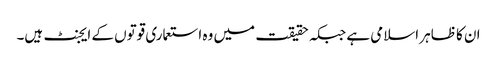
ان کا ظاہر اسلامی ہے جبکہ حقیقت میں وہ استعماری قوتوں کے ایجنٹ ہیں۔